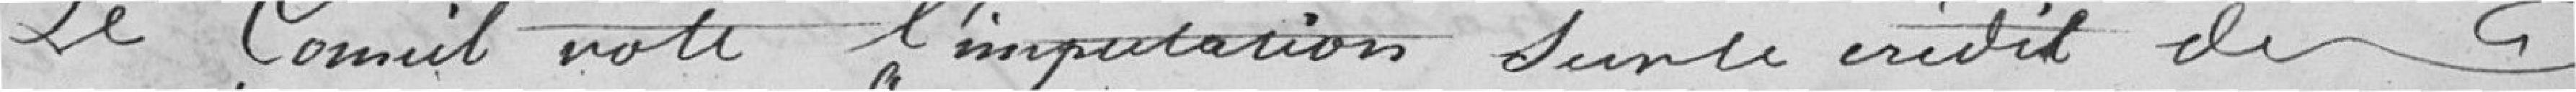
Le conseil vote l'imputation sur le crédit de